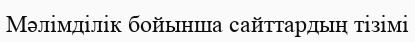
Мәлiмдiлiк бойынша сайттардың тiзiмi